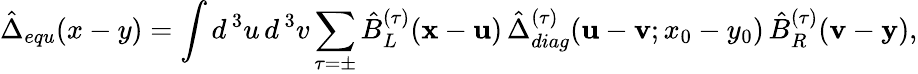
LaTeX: \hat{\Delta}_{equ}(x-y)=\int d^{\, 3}u\, d^{\, 3}v\sum_{\tau=\pm}\hat{B}_{L}^{(\tau)}({\mathbf x}-{\mathbf u})\, \hat{\Delta}_{diag}^{(\tau)}({\mathbf u}-{\mathbf v};x_{0}-y_{0})\, \hat{B}_{R}^{(\tau)}({\mathbf v}-{\mathbf y}),